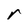
Character: r